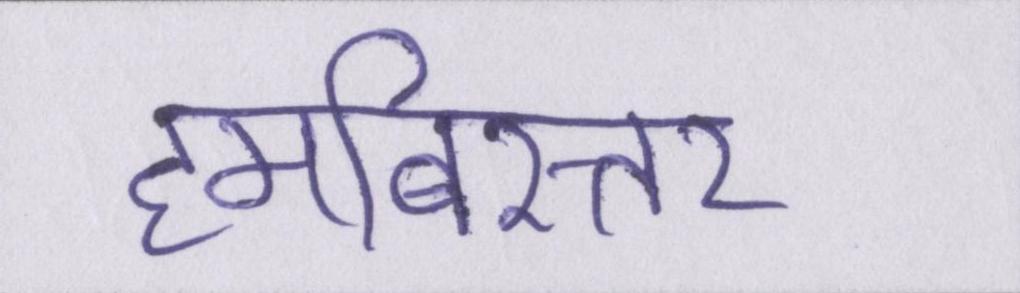
हमबिस्तर